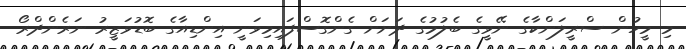
މި މީހުން ސްރީލަންކާގެ ނޭވީގެ ބެލުމުގެ ދަށަށް ގެންގޮސްފައިމިވަނީ އިންޑިއާގެ ބޮޑުވަޒީރު ނަރެންދްރޯ